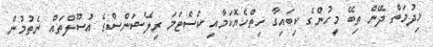
ޚިދުމަތް ދޭން ތިބޭ މީހުންގެ ކިބައިގާ ހިތްހެޔޮކަމާއި ކަސްޓަމަ ރިލޭޝަންސްގެ އުސޫލްތައް ނެތުމުން